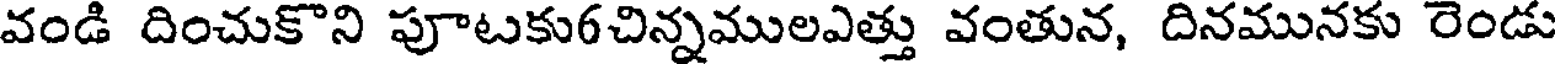
వండి దించుకొని పూటకు6చిన్నములఎత్తు వంతున, దినమునకు రెండు